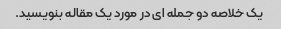
یک خلاصه دو جمله ای در مورد یک مقاله بنویسید.